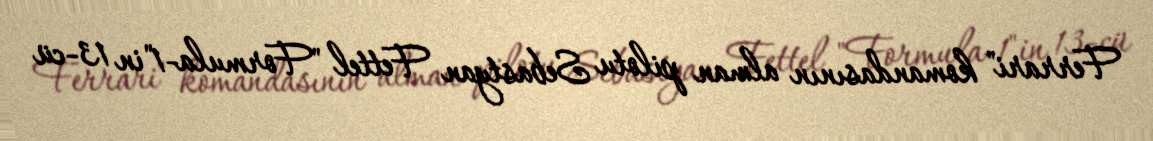
Ferrari" komandasının alman pilotu Sebastyan Fettel "Formula-1"in 13-cü